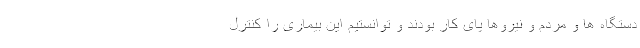
دستگاه ها و مردم و نیروها پای کار بودند و توانستیم این بیماری را کنترل